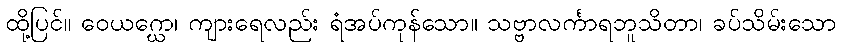
ထို့ပြင်။ ဝေယဂ္ဃော၊ ကျားရေလည်း ရံအပ်ကုန်သော။ သဗ္ဗာလင်္ကာရဘူသိတာ၊ ခပ်သိမ်းသော